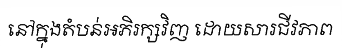
នៅក្នុងតំបន់អភិរក្សវិញ ដោយសារជីវភាព